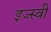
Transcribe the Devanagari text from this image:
इज्स्बीं